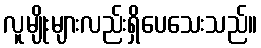
လူမျိုးများလည်းရှိပေသေးသည်။